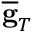
\overline { { \bf g } } _ { T }